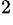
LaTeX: ^2